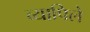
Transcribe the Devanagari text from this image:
व्यापिले